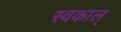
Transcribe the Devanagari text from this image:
स्वकाल्